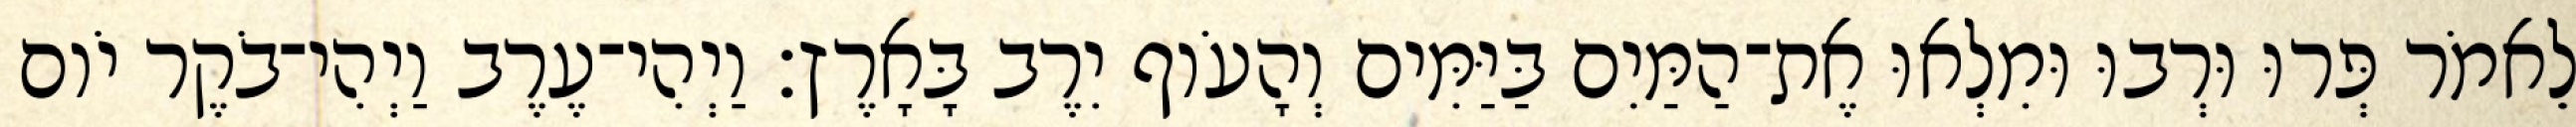
לֵאמֹר פְּרוּ וּרְבוּ וּמִלְאוּ אֶת־הַמַּיִם בַּיַּמִּים וְהָעֹוף יִרֶב בָּאָרֶץ׃ וַיְהִי־עֶרֶב וַיְהִי־בֹקֶר יֹום